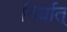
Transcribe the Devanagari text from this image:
निर्यात्‌